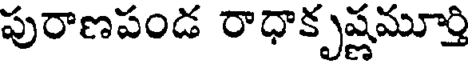
పురాణపండ రాధాకృష్ణమూర్తి